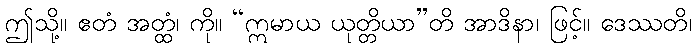
ဤသို့။ ဧတံ အတ္ထံ၊ ကို။ “ဣမာယ ယုတ္တိယာ”တိ အာဒိနာ၊ ဖြင့်။ ဒေဿတိ၊